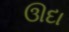
ઊદા